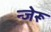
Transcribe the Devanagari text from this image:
न्जेरू